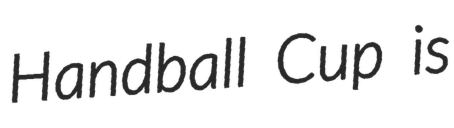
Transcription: Handball Cup is